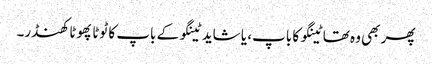
پھر بھی وہ تھا ٹینگو کا باپ، یا شاید ٹینگو کے باپ کا ٹوٹا پھوٹا کھنڈر۔